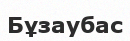
Бұзаубас